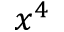
x ^ { 4 }